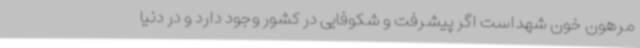
مرهون خون شهداست اگر پیشرفت و شکوفایی در کشور وجود دارد و در دنیا